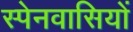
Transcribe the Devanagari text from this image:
स्‍पेनवासियों